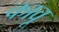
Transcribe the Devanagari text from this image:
कावू